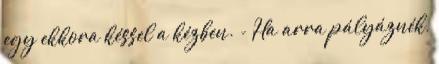
egy ekkora késsel a kézben. - Ha arra pályáznék,